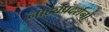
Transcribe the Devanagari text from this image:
नाट्यप्रदर्शनों